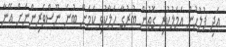
އަދި ފުލުހުން އަމަލުކުރި ގޮތުން ބުރުގާ ހަލާކުވި ކަމަށް ބުނެ ނޫސްވެރިންނަށް އޭނާ